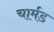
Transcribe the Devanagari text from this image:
चार्मड